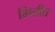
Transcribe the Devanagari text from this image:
मितीत